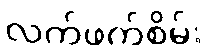
လက်ဖက်စိမ်း